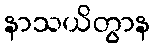
နာသယိတွာန